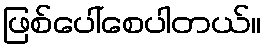
ဖြစ်ပေါ်စေပါတယ်။